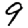
Digit: 9